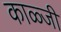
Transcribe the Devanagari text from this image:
काळ्जी